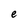
Character: e